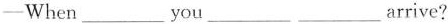
—When___you___ ___arrive?